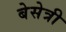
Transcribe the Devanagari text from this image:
बेसेत्री